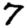
Digit: 7